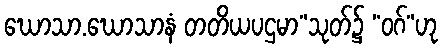
ဃောသာ.ဃောသာနံ တတိယပဌမာ”သုတ်၌ “ဝဂ်”ဟု